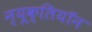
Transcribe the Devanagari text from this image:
न्यूक्लियॉन